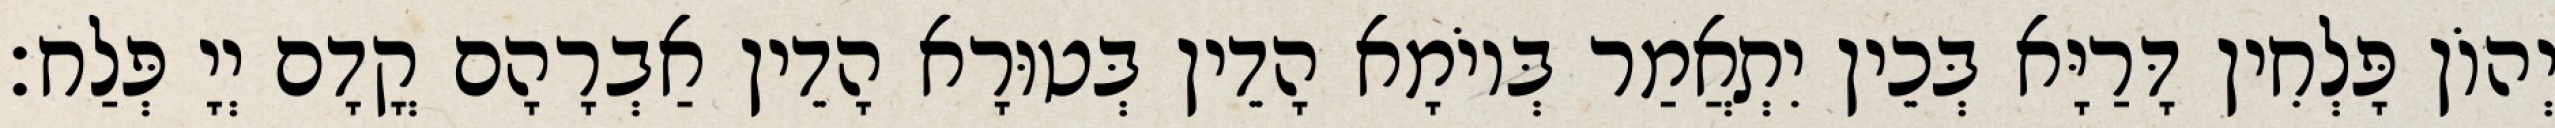
יְהוֹן פָּלְחִין דָּרַיָּא בְּכֵין יִתְאֲמַר בְּיוֹמָא הָדֵין בְּטוּרָא הָדֵין אַבְרָהָם קֳדָם יְיָ פְּלַח׃